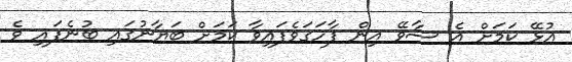
އުޅޭ ކަމަށް އެ ސާވޭ އިން ފާހަގަވެފައިވާ ކަމަށް ބަޔާނުގައި ބުނެފައި ވެ